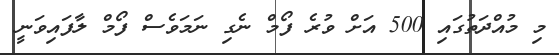
މި މުއްދަތުގައި 500 އަށް ވުރެ ފޯމް ނެގި ނަމަވެސް ފޯމް ލާފައިވަނީ